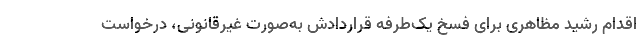
اقدام رشید مظاهری برای فسخ یک‌طرفه قراردادش به‌صورت غیرقانونی، درخواست